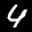
Label: 4